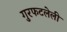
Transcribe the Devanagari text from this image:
गुरफटलेली